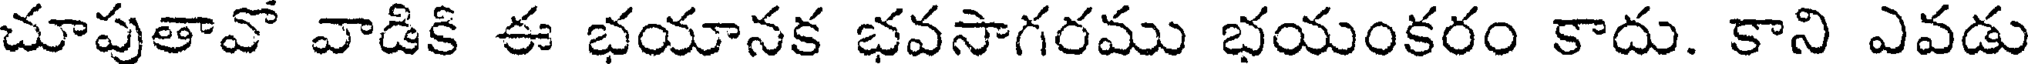
చూపుతావో వాడికి ఈ భయానక భవసాగరము భయంకరం కాదు. కాని ఎవడు